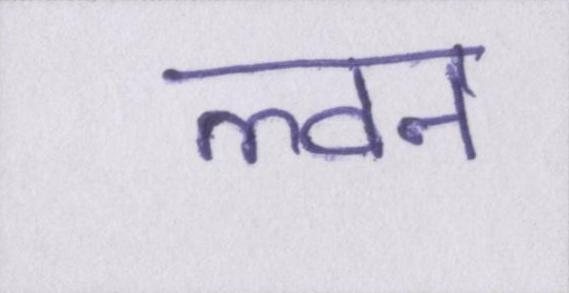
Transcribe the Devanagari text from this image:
ल्वन